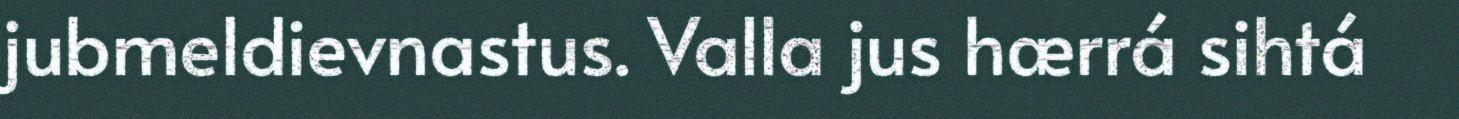
jubmeldievnastus. Valla jus hærrá sihtá